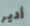
أدير